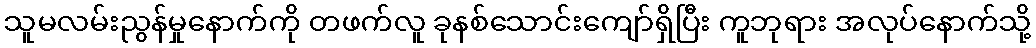
သူမလမ်းညွန်မှုနောက်ကို တဖက်လူ ခုနစ်သောင်းကျော်ရှိပြီး ကူဘုရား အလုပ်နောက်သို့